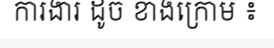
ការងារ ដូច ខាងក្រោម ៖